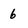
Character: 6